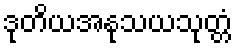
ဒုတိယအနုသယသုတ္တံ